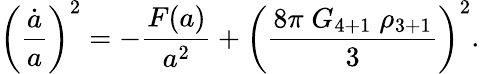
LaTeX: \left({\frac{\dot{a}}{a}}\right)^{2}=-{\frac{F(a)}{a^{2}}}+\left({\frac{8\pi\; G_{4+1}\; \rho_{3+1}}{3}}\right)^{2}.